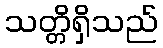
သတ္တိရှိသည်